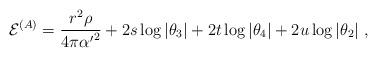
LaTeX: \begin{align*}{ {\cal E}}^{(A)} = {r^2\rho\over 4\pi{\alpha^\prime}^2} + 2 s \log \vert \theta_3 \vert + 2 t \log\vert\theta_4\vert + 2 u \log\vert\theta_2\vert \ ,\end{align*}